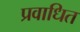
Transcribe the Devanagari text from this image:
प्रवाधित